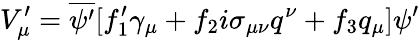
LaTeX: V_{\mu}^{\prime}=\overline{{{\psi^{\prime}}}}[f_{1}^{\prime}\gamma_{\mu}+f_{2}i\sigma_{\mu\nu}q^{\nu}+f_{3}q_{\mu}]\psi^{\prime}